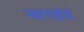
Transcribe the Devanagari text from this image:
चारपाईयां